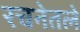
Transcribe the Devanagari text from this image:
रचनेतले